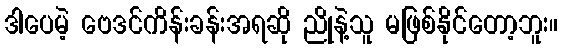
ဒါပေမဲ့ ဗေဒင်ကိန်းခန်းအရဆို ညိုနဲ့သူ မဖြစ်နိုင်တော့ဘူး။